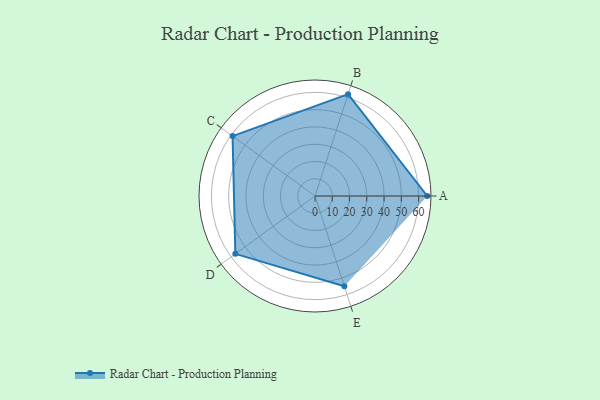
{"axis": {"x": "Skill", "y": "Score"}, "legend": ["Profile"], "data": [{"x": "A", "y": 65.0, "type": "Profile"}, {"x": "B", "y": 62.0, "type": "Profile"}, {"x": "C", "y": 59.0, "type": "Profile"}, {"x": "D", "y": 57.0, "type": "Profile"}, {"x": "E", "y": 55.0, "type": "Profile"}]}